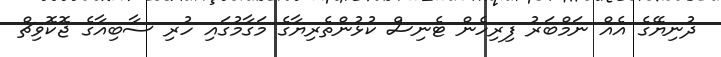
ދުނިޔޭގެ އެއް ނަމްބަރު ފިރިހެން ޓެނިސް ކުޅުންތެރިޔާގެ މަގާމުގައި ހުރި ސާބިއާގެ ޖޮކޮވިޗް